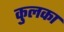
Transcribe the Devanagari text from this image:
कुलका